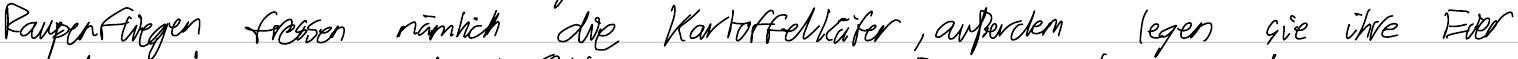
Raupenfliegen fressen nämlich die Kartoffelkäfer, außerdem legen sie ihre Eier